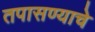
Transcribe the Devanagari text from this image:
तपासण्याचे